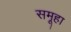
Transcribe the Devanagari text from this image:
समूहा